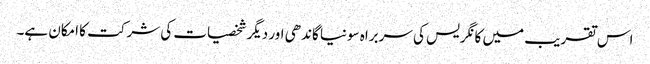
اس تقریب میں کانگریس کی سربراہ سونیا گاندھی اور دیگر شخصیات کی شرکت کا امکان ہے۔